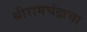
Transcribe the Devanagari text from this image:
श्रीरामचंद्राचा